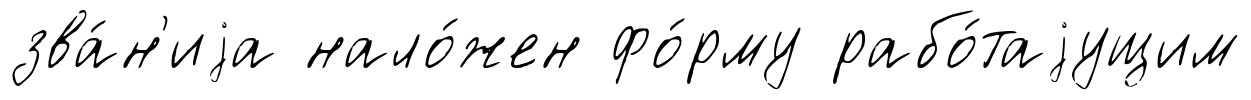
зва́н'иjа нало́жен фо́рму рабо́таjущим